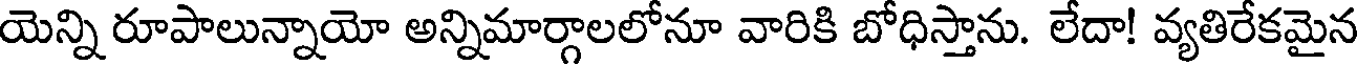
యెన్ని రూపాలున్నాయో అన్నిమార్గాలలోనూ వారికి బోధిస్తాను. లేదా! వ్యతిరేకమైన